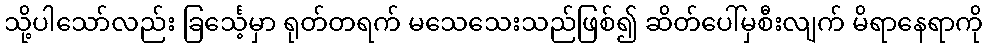
သို့ပါသော်လည်း ခြင်္သေ့မှာ ရုတ်တရက် မသေသေးသည်ဖြစ်၍ ဆိတ်ပေါ်မှစီးလျက် မိရာနေရာကို